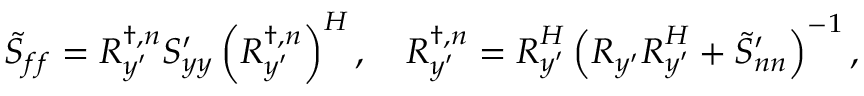
\boldsymbol { \tilde { S } _ { f f } } = \boldsymbol { R } _ { \boldsymbol { y ^ { \prime } } } ^ { \dagger , n } \boldsymbol { S _ { y y } ^ { \prime } } \left( \boldsymbol { R } _ { \boldsymbol { y ^ { \prime } } } ^ { \dagger , n } \right) ^ { H } , \quad \boldsymbol { R } _ { \boldsymbol { y ^ { \prime } } } ^ { \dagger , n } = \boldsymbol { R } _ { \boldsymbol { y ^ { \prime } } } ^ { H } \left( \boldsymbol { R _ { y ^ { \prime } } } \boldsymbol { R } _ { \boldsymbol { y ^ { \prime } } } ^ { H } + \boldsymbol { \tilde { S } _ { n n } ^ { \prime } } \right) ^ { - 1 } ,